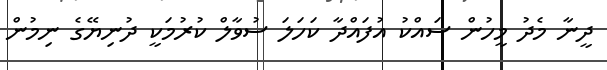
ދީނާ މެދު މީހުން ސައްކު އުފައްދާ ކަހަލަ ސުވާލް ކުރުމަކީ ދުނިޔޭގެ ނިމުން